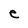
Character: e